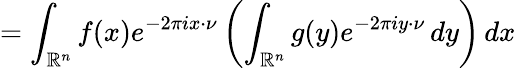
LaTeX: =\int_{\mathbb{R}^{n}}f(x)e^{-2\pi ix\cdot\nu}\left(\int_{\mathbb{R}^{n}}g(y)e^{-2\pi iy\cdot\nu}\, dy\right)\, dx